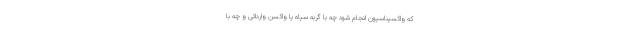
که واکسیناسیون انجام شود چه با گربه سیاه یا واکسن وارداتی و چه با